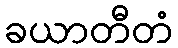
ခယာတီတံ